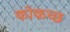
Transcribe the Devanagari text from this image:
कोकच्छ